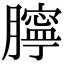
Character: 𦡲